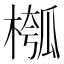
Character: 槬